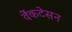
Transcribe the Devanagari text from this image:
वेंकटेसन